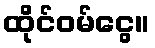
ထိုင်ဝမ်ငွေ။